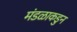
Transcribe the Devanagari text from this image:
मंडळाकडुन